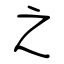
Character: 之